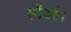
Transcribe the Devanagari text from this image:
स्टैंडर्ड।